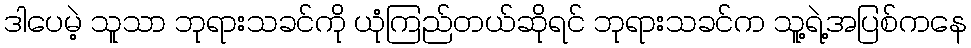
ဒါပေမဲ့ သူသာ ဘုရားသခင်ကို ယုံကြည်တယ်ဆိုရင် ဘုရားသခင်က သူ့ရဲ့အပြစ်ကနေ